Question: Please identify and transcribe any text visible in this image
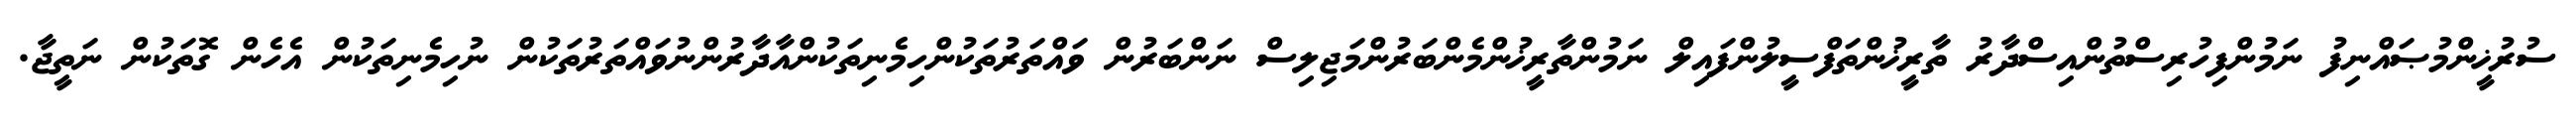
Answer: ސުރުޚީންމުޞައްނިފު ނަމުންފިހުރިސްތުންއިސްދާރު ތާރީޚުންތަފްސީލުންފައިލް ނަމުންތާރީޚުންމެންބަރުންމަޖިލިސް ނަންބަރުން ވައްތަރުތަކުންހިމެނިތަކުންއާދާރުންނުވައްތަރުތަކުން ނުހިމެނިތަކުން އެހެން ގޮތަކުން ނަތީޖާ.